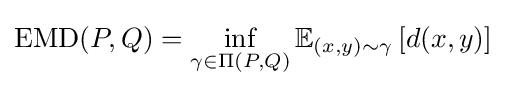
{\text{EMD}}(P,Q)=\inf \limits _{\gamma \in \Pi (P,Q)}\mathbb {E} _{(x,y)\sim \gamma }\left[d(x,y)\right]